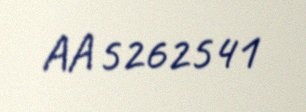
AA 5262541